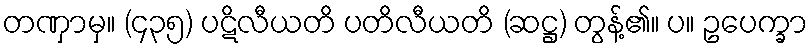
တဏှာမှ။ (၄၃၅) ပဋိလီယတိ ပတိလီယတိ (ဆဋ္ဌ) တွန့်၏။ ပ။ ဥပေက္ခာ